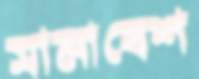
সামাবেশ